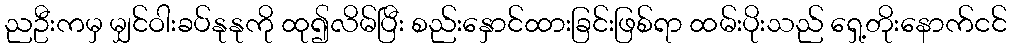
ညဦးကမှ မျှင်ဝါးခပ်နုနုကို ထု၍လိမ်ပြီး စည်းနှောင်ထားခြင်းဖြစ်ရာ ထမ်းပိုးသည် ရှေ့တိုးနောက်ငင်